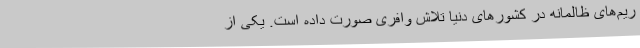
ریم‌های ظالمانه در کشورهای دنیا تلاش وافری صورت داده است. یکی از